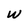
Character: W